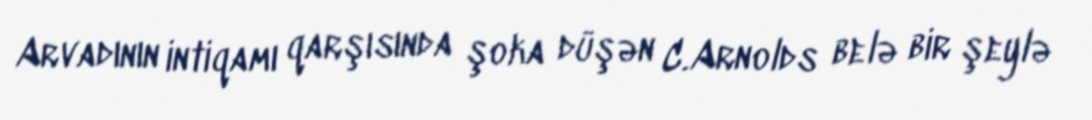
Arvadının intiqamı qarşısında şoka düşən C.Arnolds belə bir şeylə